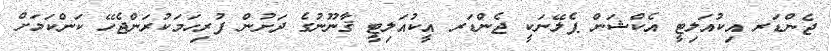
ޖެންޑަރ އިކުއަލިޓީ އެކްޝަން ޕެލޭނަކީ ޖެންޑަރ އީކުއަލިޓީ ޤާނޫނުގެ ދަށުން ފުރިހަމަކުރަންޖެހޭ ކަންކަމަށް